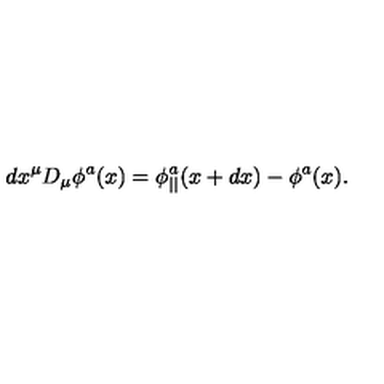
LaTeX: d x ^ { \mu } D _ { \mu } \phi ^ { a } ( x ) = \phi _ { | | } ^ { a } ( x + d x ) - \phi ^ { a } ( x ) .